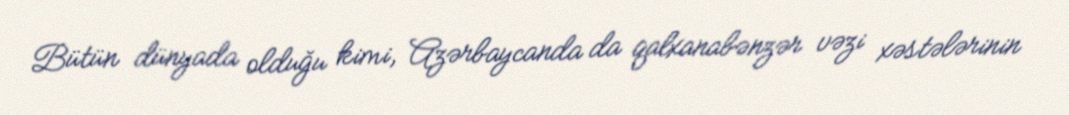
Bütün dünyada olduğu kimi, Azərbaycanda da qalxanabənzər vəzi xəstələrinin